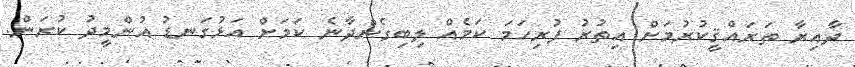
ދާއިރާ ތަރައްޤީކުރުމަށް އިތުރު ފުރިހަމަ ކަމެއް ލިބިގެންދާނެ ކަމަށް އަޅުގަނޑު އުންމީދު ކުރަން.